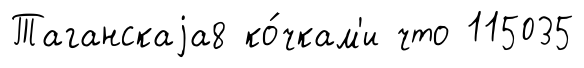
Таганскаjа8 ко́чкам'и что 115035